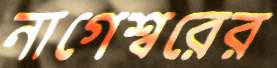
নাগেশ্বরের